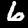
Digit: 6